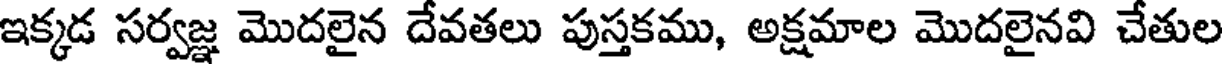
ఇక్కడ సర్వజ్ఞ మొదలైన దేవతలు పుస్తకము, అక్షమాల మొదలైనవి చేతుల